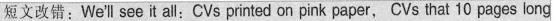
短文改错：We'l seeit all：CVs printed on pink paper, CVs that 10 pages long